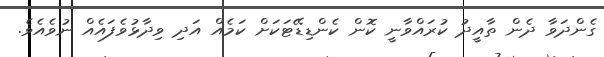
ގެންދަވާ ދެން ތާއީދު ކުރައްވާނީ ކޮން ކެންޑިޑޭޓަކަށް ކަމެއް އަދި ވިދާޅުވެފައެއް ނުވެއެވެ.